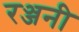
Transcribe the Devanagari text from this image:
रञ्जनी